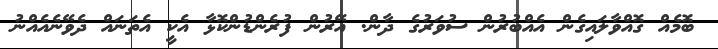
ބޮމެއް ގޮއްވާލައިގެން އެއްބުރުން ސުވަރުގެ ދާން. އޭރުން ފުރެންޑުންކޮޅާ އެކީ އެތަނައް ދެވޭނެއެއްނު